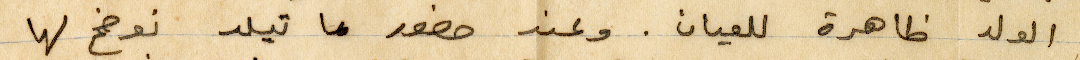
الولد ظاهرة للعيان. وعند حضور ماتيلد نوضح لها